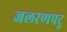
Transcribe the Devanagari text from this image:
जलरणपटू